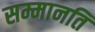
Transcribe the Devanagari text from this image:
सम्मानति